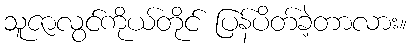
သူဇာလွင်ကိုယ်တိုင် ပြန်ပိတ်ခဲ့တာလား။